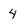
Character: 4